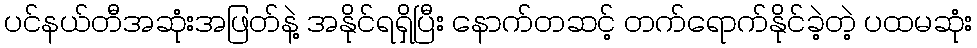
ပင်နယ်တီအဆုံးအဖြတ်နဲ့ အနိုင်ရရှိပြီး နောက်တဆင့် တက်ရောက်နိုင်ခဲ့တဲ့ ပထမဆုံး